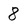
Character: 8